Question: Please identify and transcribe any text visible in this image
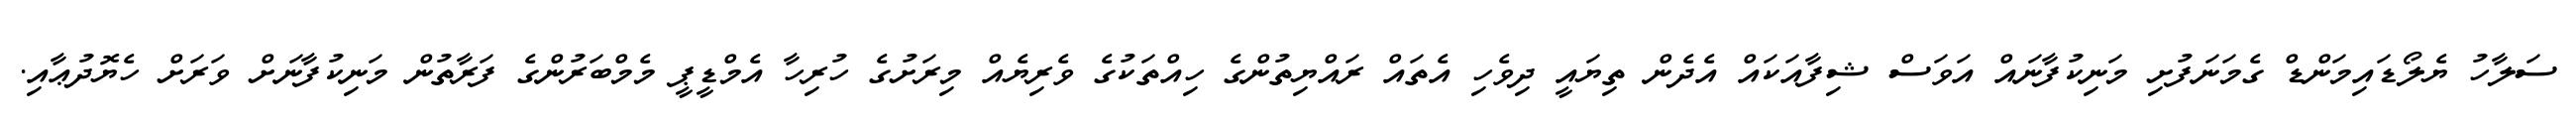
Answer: ސަލާހު ޔެލޯޑައިމަންޑް ގެމަނަފުށި މަނިކުފާނައް އަވަސް ޝިފާއަކައް އެދެން ތިޔައީ ދިވެހި އެތައް ރައްޔިތުންގެ ހިއްތަކުގެ ވެރިޔެއް މިރަށުގެ ހުރިހާ އެމްޑީޕީ މެމްބަރުންގެ ފަރާތުން މަނިކުފާނަށް ވަރަށް ހެޔޮދުޢާއި.